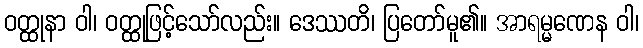
ဝတ္ထုနာ ဝါ၊ ဝတ္ထုဖြင့်သော်လည်း။ ဒေဿတိ၊ ပြတော်မူ၏။ အာရမ္မဏေန ဝါ၊